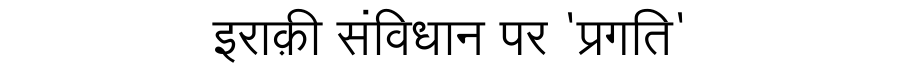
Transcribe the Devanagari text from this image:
इराक़ी संविधान पर 'प्रगति'